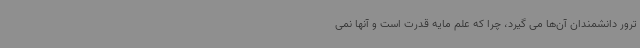
ترور دانشمندان آن‌ها می گیرد، چرا که علم مایه قدرت است و آنها نمی